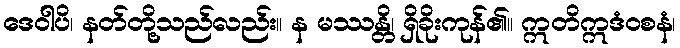
ဒေဝါပိ၊ နတ်တို့သည်လည်း။ န မဿန္တိ၊ ရှိခိုးကုန်၏။ ဣတိဣဒံဝစနံ၊